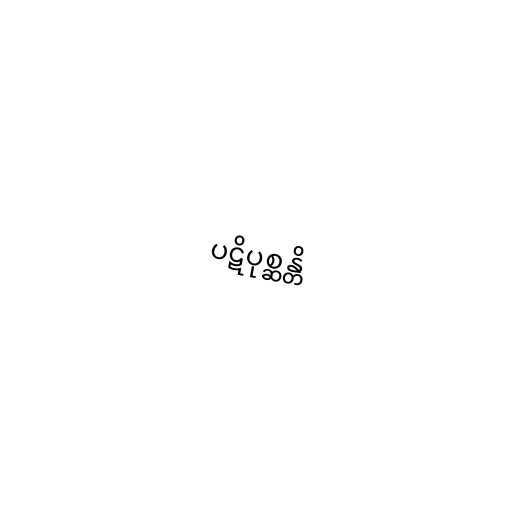
ပဋိပုစ္ဆန္တိ